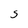
Character: S